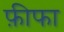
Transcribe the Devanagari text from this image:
फ़ीफा